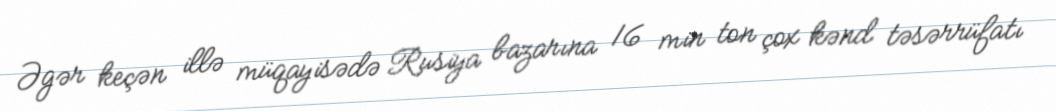
Əgər keçən illə müqayisədə Rusiya bazarına 16 min ton çox kənd təsərrüfatı